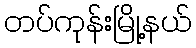
တပ်ကုန်းမြို့နယ်